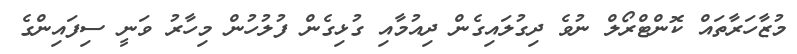
މުޒާހަރާތައް ކޮންޓްރޯލް ނުވެ ދިގުލައިގެން ދިއުމާއި ގުޅިގެން ފުލުހުން މިހާރު ވަނީ ސިފައިންގެ